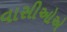
વાસીઓએ